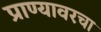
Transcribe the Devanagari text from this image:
प्राण्यावरचा